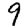
Digit: 9